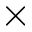
\times